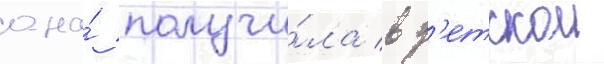
она́ получи́ла в д'етскои